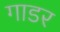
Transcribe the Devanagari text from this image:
गाडर